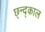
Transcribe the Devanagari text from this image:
छ्न्द्काल